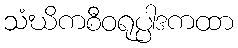
သံဃိကစီဝရုပ္ပါဒကထာ